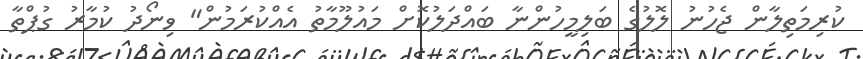
ކުރިމަތިލާން ޖެހުނު ލޮލުގެ ބަލިމީހުންނާ ބައްދަލުކޮށް މައުލޫމާތު އެއްކުރަމުން" ވިނޯދު ކުމާރު ގުޕްތާ